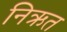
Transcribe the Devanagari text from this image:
निऋत